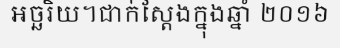
អច្ឆរិយ។ជាក់ស្តែងក្នុងឆ្នាំ ២០១៦